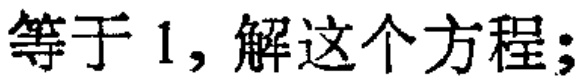
等于1,解这个方程;